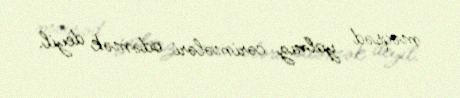
məqsəd yalnız cərimələri ödəmək deyil.